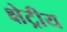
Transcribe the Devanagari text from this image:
क्षेट्रीय